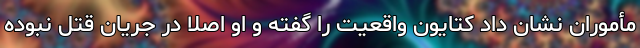
مأموران نشان داد کتایون واقعیت را گفته و او اصلاً در جریان قتل نبوده